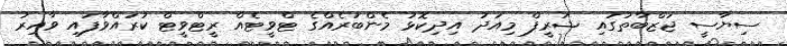
ސިޔާސީ ޖަޒްބާތުގައި ޝަރީފް މިއަދު އިދިކޮޅު މެންބަރެއްގެ ޓްވީޓެއް ރީޓްވީޓް ކުރައްވާފައި ވާއިރު